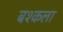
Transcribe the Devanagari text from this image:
बश्कला